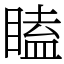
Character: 瞌